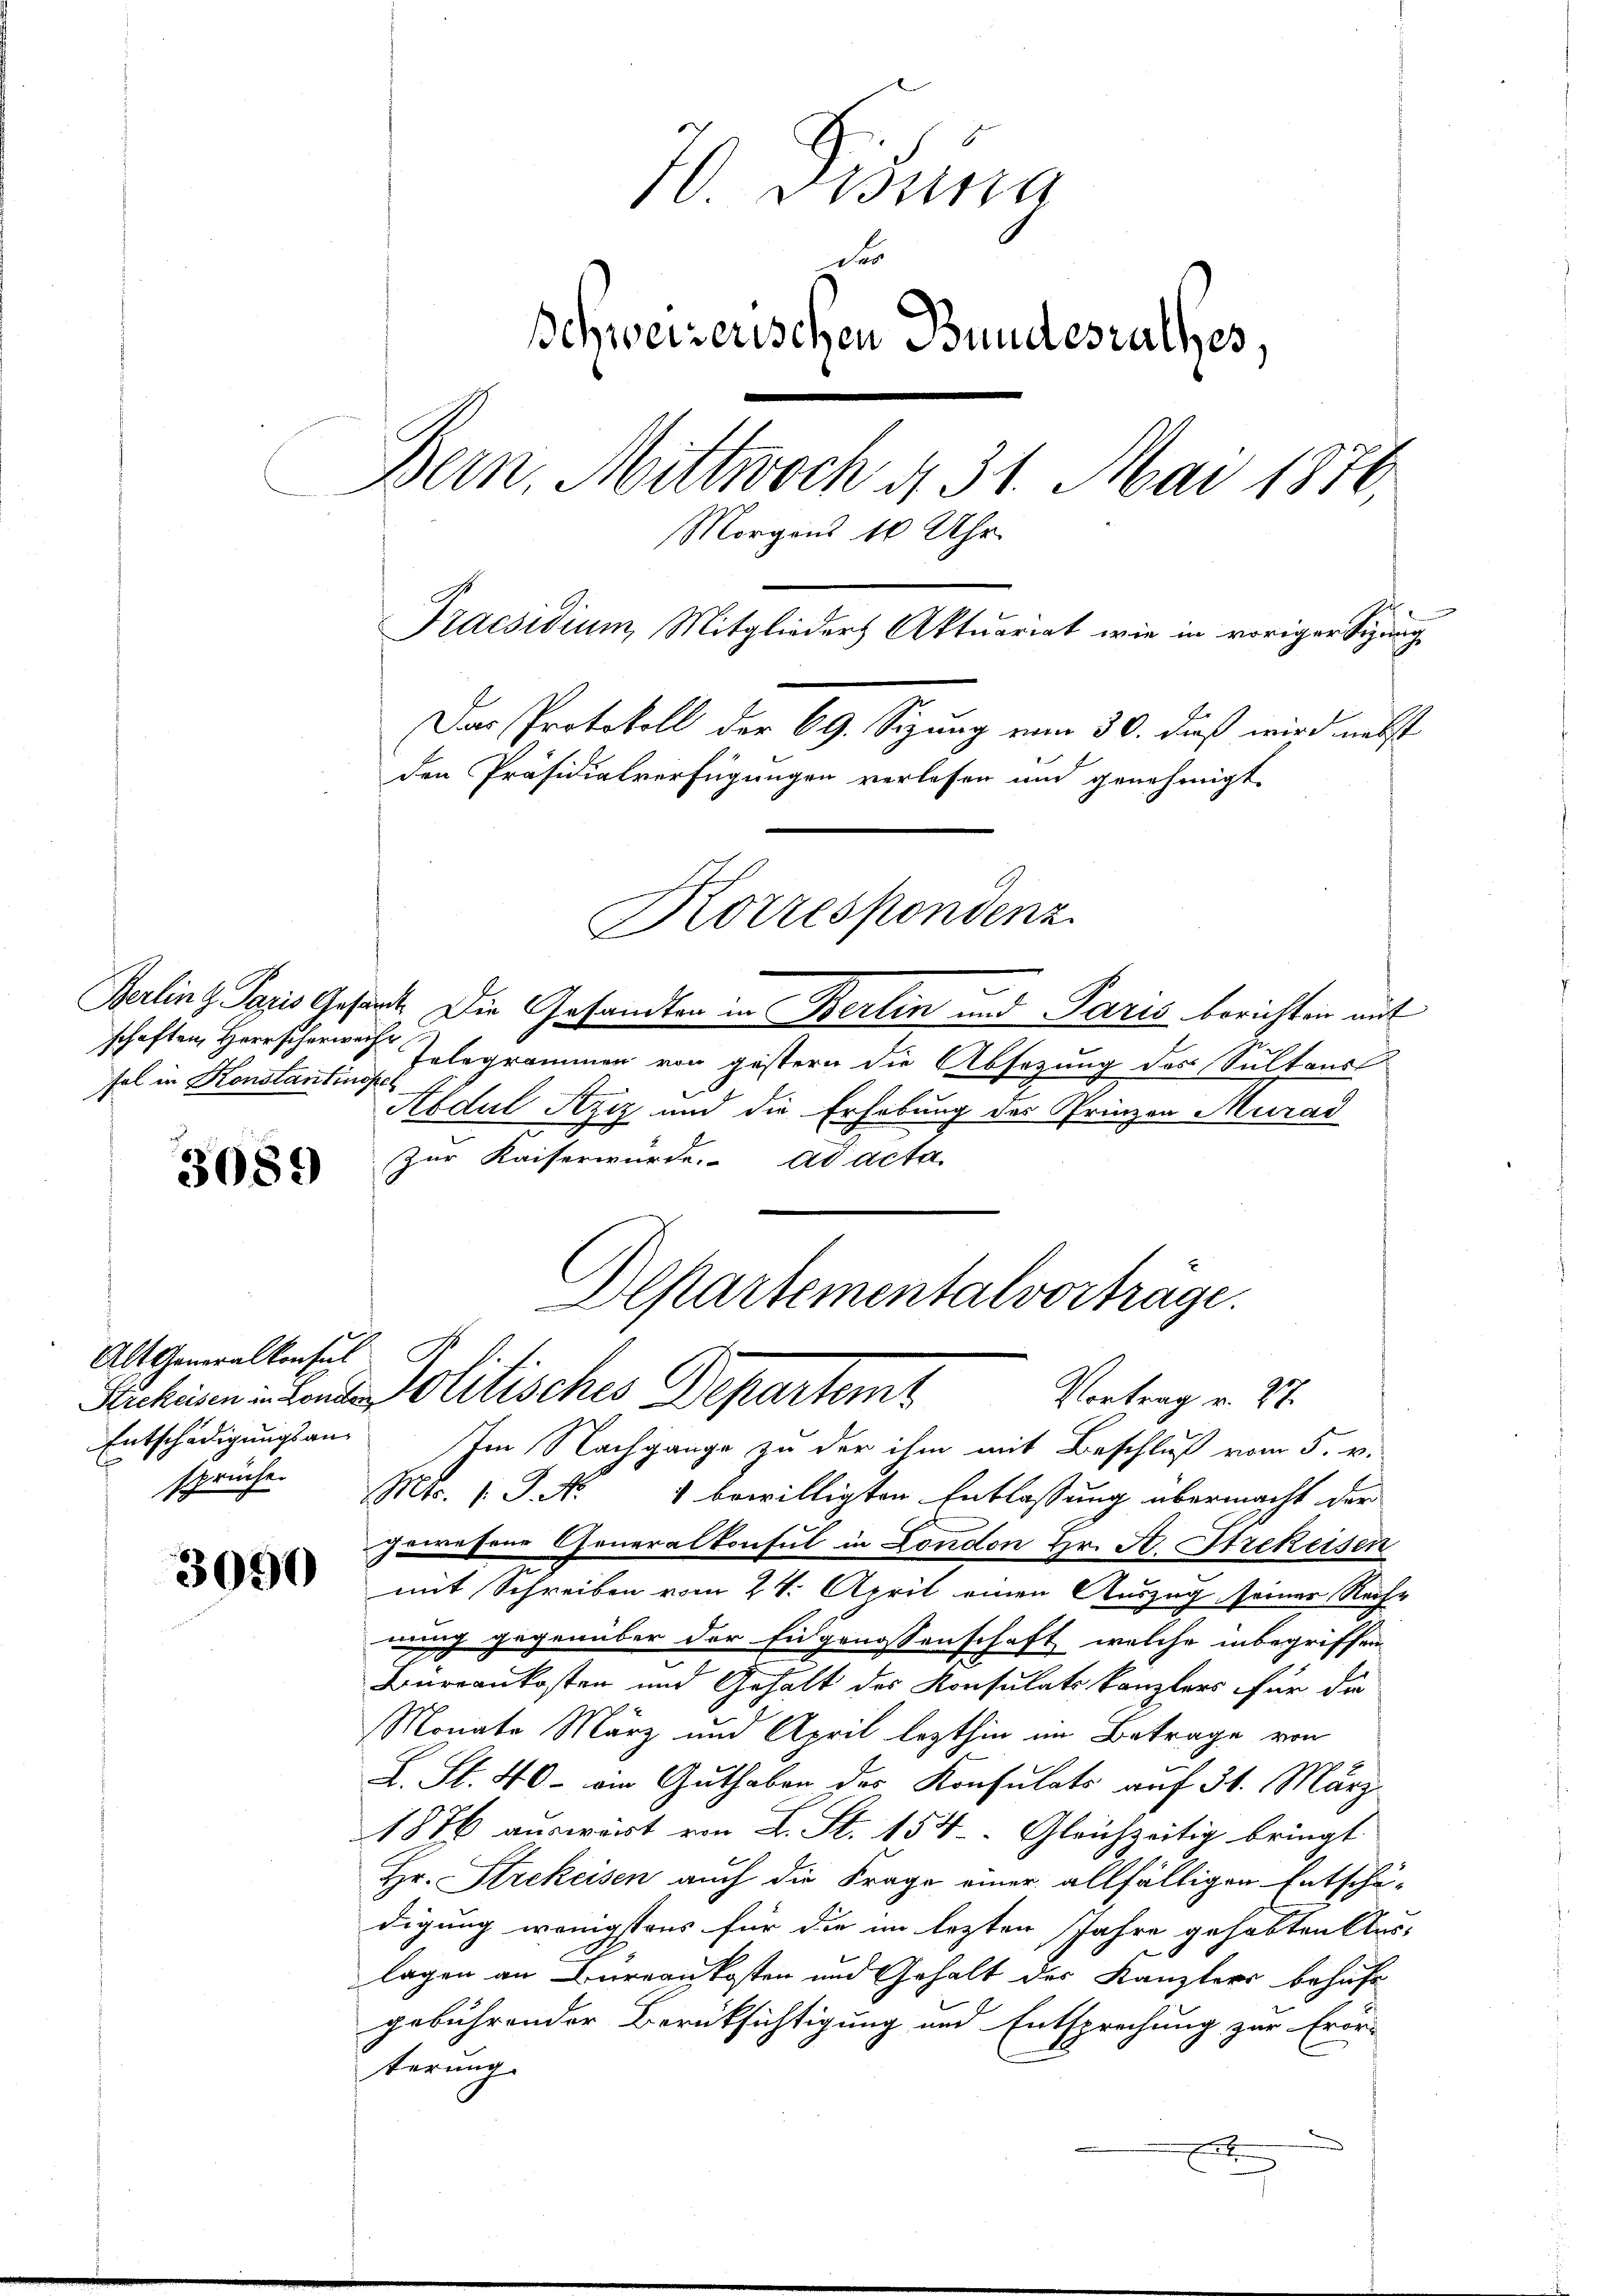
fel in Konstantinoper

3089

Alt Generalkonsul
Entschädigungsan-
spreche.

3090

70. Disung
der
Schweizerischen Bundesrathes,
Bern. Mittwoch d. 31. Mai 1876,
Morgens 10 Uhr.
Praesidium, Mitglieders Aktuariat wie in voriger Sitzung
Das Protokoll der 69. Sizung vom 30. daß wird nebst
den Präsidialverfügungen verlesen und genehmigt
Korrespondenz
Gerling Paris Gesirt. Die Gesandten in Berlin und Paris berichten mit

Alpartementalvorträge.
Schinen in und Politisches Departemt
Vortrag v. 27.

schaften, Herrscher Telegrammen von gestern die Absezung des Sultans
Abdul Szcz und die Erhebung des Prinzen Murad
Zur Kaiser würde. ad acta.
Im Nachgange zu der ihm mit Beschluß vom 5. v.
Mts. 1. J. No. 1 bewilligten Entlassung übermacht der
gewesene Generalkonsul in London Hr. A. Strekeisen
mit Schreiben vom 24. April einen Auszug seiner Reihe
nung gegenüber der Eidgenossenschaft, welche inbegriffen
Büreaukosten und Gehalt des Konsulatskanzlers für die
Monate März und April lezthin im Betrage von
L. St. 40 - ein Guthaber der Konsulats auf 31. März
1876 auswärt von L. St. 154. Gleichzeitig bringt
Hr. Strekeisen auch die Frage einer allfälligen Entschä-
digung wenigstens für die im lezten Jahre gehabten Auslagen an Bureaukosten und Gehalt des Kanzlers behaft
gebührender Berücksichtigung und Entsprechung zur Erör-
terung.
d
E